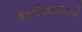
કાઠીયાવાડની